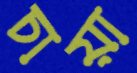
চায়া